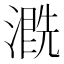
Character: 𱨣